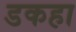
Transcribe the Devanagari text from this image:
डकहा